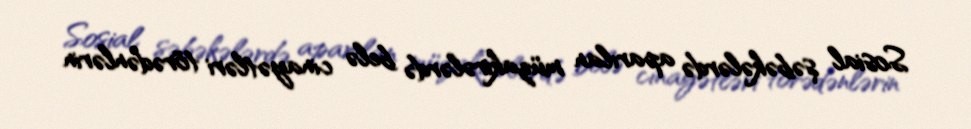
Sosial şəbəkələrdə aparılan müzakirələrdə belə cinayətləri törədənlərin